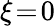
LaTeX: \xi\! =\! 0